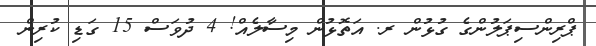
ޕްރިންސިޕަލުންގެ ގުޅުން ރ. އަތޮޅުން މިސާލެއް! 4 ދުވަސް 15 ގަޑި ކުރިން